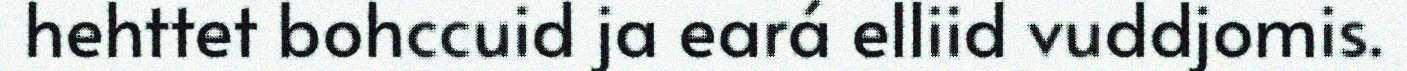
hehttet bohccuid ja eará elliid vuddjomis.